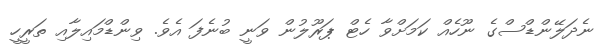
ނެދަލޭންޑްސްގެ ނޫހެއް ކަމަށްވާ ހެޓް ޕަރޫލުން ވަނީ ބުނެފަ އެވެ. ވިންޑްމައިލާއި ތަރީހީ